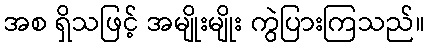
အစ ရှိသဖြင့် အမျိုးမျိုး ကွဲပြားကြသည်။